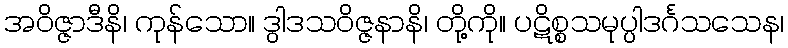
အဝိဇ္ဇာဒီနိ၊ ကုန်သော။ ဒွါဒသဝိဇ္ဇနာနိ၊ တို့ကို။ ပဋိစ္စသမုပ္ပါဒင်္ဂသသေန၊